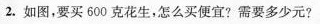
2.如图，要买600克花生，怎么买便宜?需要多少元?